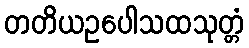
တတိယဥပေါသထသုတ္တံ